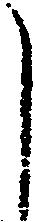
し